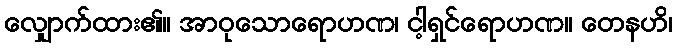
လျှောက်ထား၏။ အာဝုသောရောဟဏ၊ ငါ့ရှင်ရောဟဏ။ တေနဟိ၊